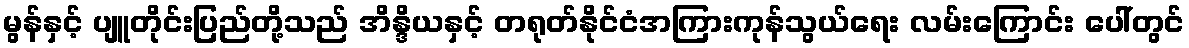
မွန်နှင့် ပျူတိုင်းပြည်တို့သည် အိန္ဒိယနှင့် တရုတ်နိုင်ငံအကြားကုန်သွယ်ရေး လမ်းကြောင်း ပေါ်တွင်